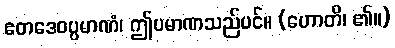
ဧတဒေဝပ္ပမာဏံ၊ ဤပမာဏသည်ပင်။ (ဟောတိ၊ ၏။)